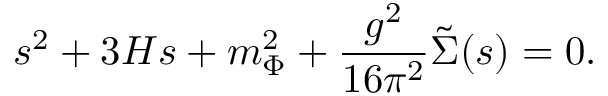
s ^ { 2 } + 3 H s + m _ { \Phi } ^ { 2 } + \frac { g ^ { 2 } } { 1 6 { \pi } ^ { 2 } } \tilde { \Sigma } ( s ) = 0 .